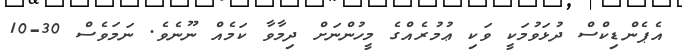
އެޕެންޑިކްސް ދުޅަވުމަކީ ވަކި ޢުމުރެއްގެ މީހުންނަށް ދިމާވާ ކަމެއް ނޫނެވެ. ނަމަވެސް 30-10